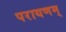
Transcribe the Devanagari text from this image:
परायणम्